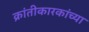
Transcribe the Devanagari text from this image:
क्रांतीकारकांच्या